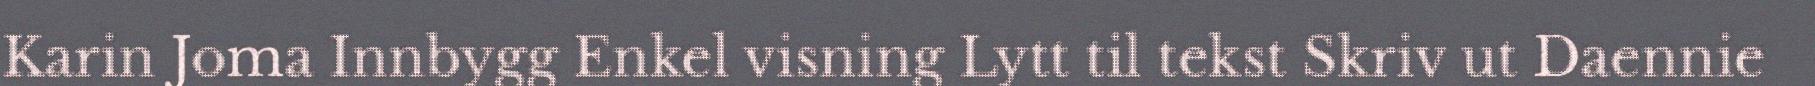
Karin Joma Innbygg Enkel visning Lytt til tekst Skriv ut Daennie